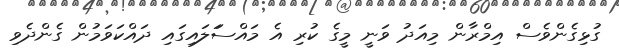
ގުޅިގެންވެސް އިމްރާން މިއަދު ވަނީ މީގެ ކުރި އެ މައްސަަލައިގައި ދައްކަވަމުން ގެންދެވި